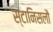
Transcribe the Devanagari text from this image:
स्टानिसलौ